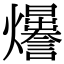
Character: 𤓊